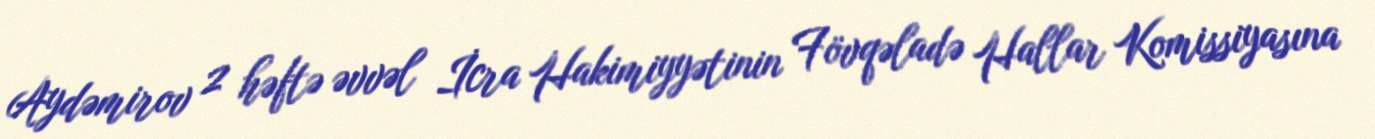
Aydəmirov 2 həftə əvvəl İcra Hakimiyyətinin Fövqəladə Hallar Komissiyasına